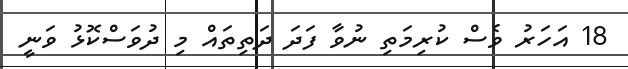
18 އަހަރު ވެސް ކުރިމަތި ނުވާ ފަދަ ދަތިތައް މި ދުވަސްކޮޅު ވަނީ